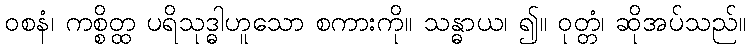
ဝစနံ၊ ကစ္စိတ္ထ ပရိသုဒ္ဓါဟူသော စကားကို။ သန္ဓာယ၊ ၍။ ဝုတ္တံ၊ ဆိုအပ်သည်။